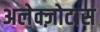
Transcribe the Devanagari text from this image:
अलेक्ज़ोटास